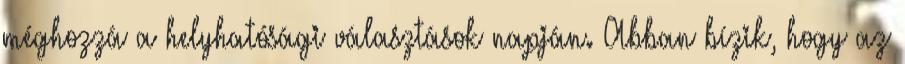
méghozzá a helyhatósági választások napján. Abban bízik, hogy az